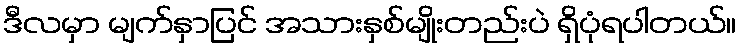
ဒီလမှာ မျက်နှာပြင် အသားနှစ်မျိုးတည်းပဲ ရှိပုံရပါတယ်။